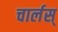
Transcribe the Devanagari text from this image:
चार्लस्‌